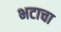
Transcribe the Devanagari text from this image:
भटाचा